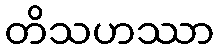
တိသဟဿာ